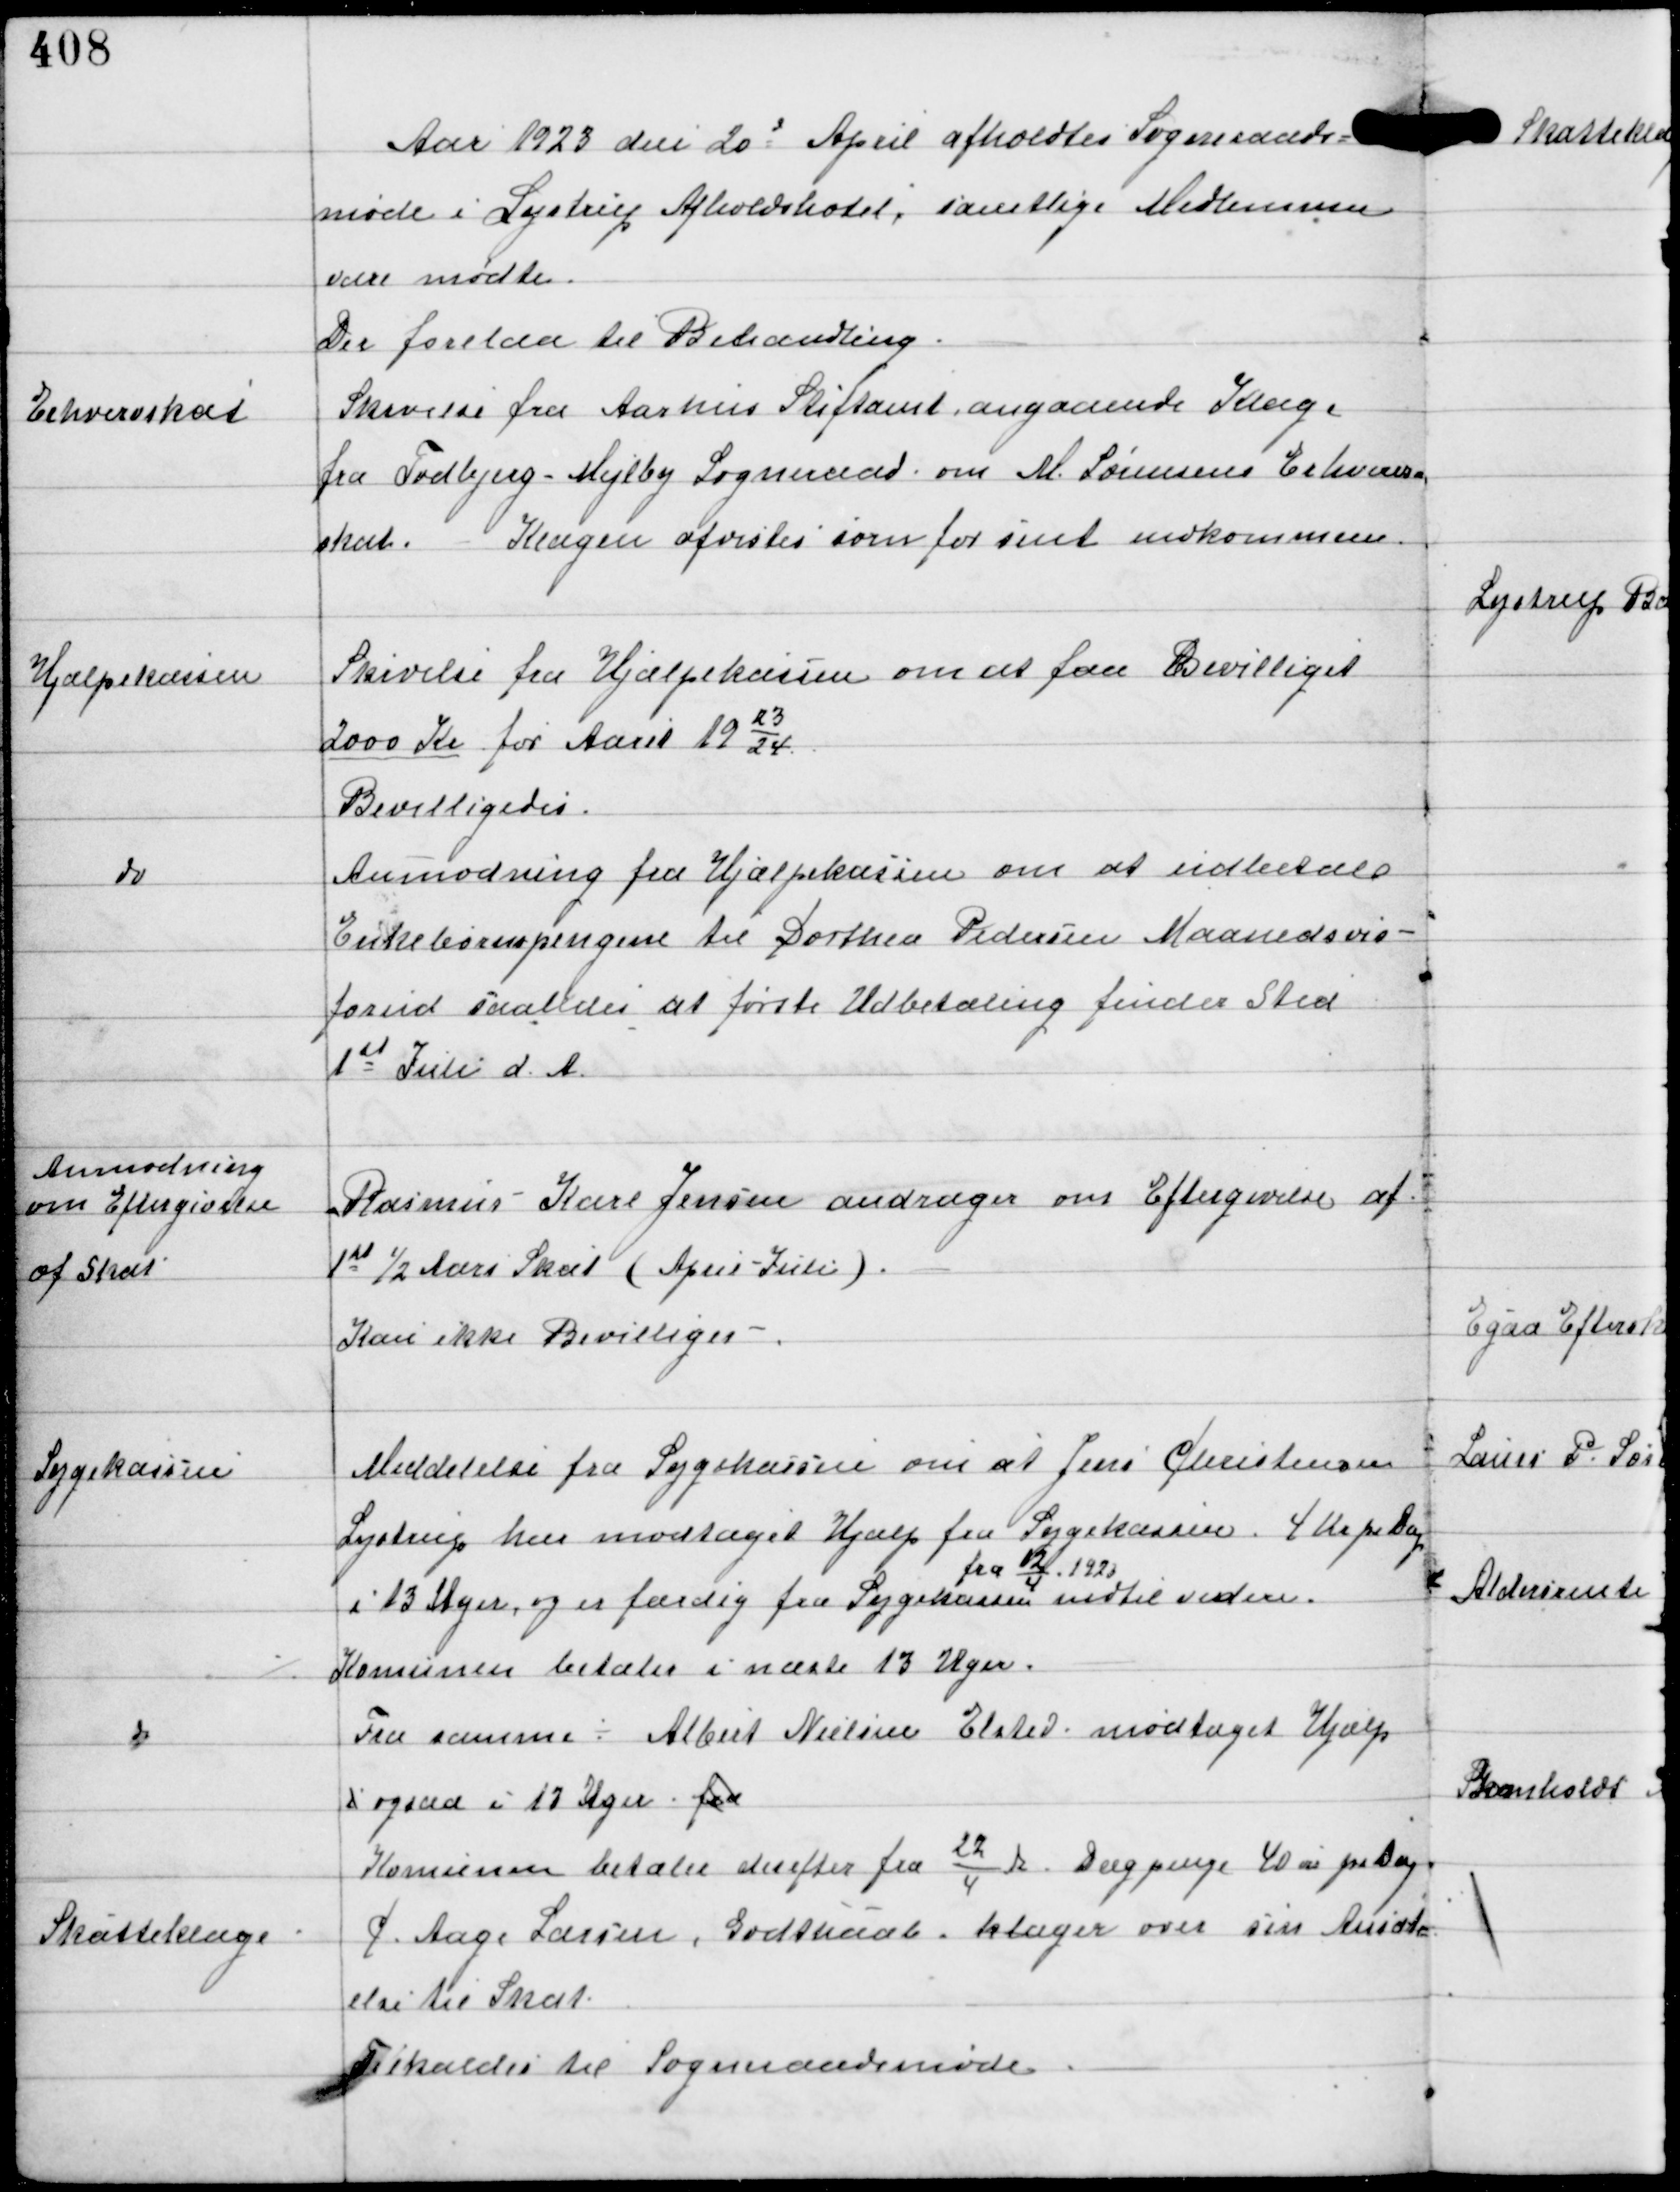
Transskription:
Aar 1923 den 20d April afholdtes Sogneraads-
møde i Lystrup Afholdshotel, samtlige Medlemmer
vare mødte.
Der forelaa til Behandling

Erhvervskat

Skrivelse fra Aarhus Stiftamt angaaende Klage
fra Todbjerg-Mejlby Sogneraad om M. Sørensens Erhvervs-
skat. Klages afvistes som for sent indkommen.

Hjælpekassen

Skrivelse fra Hjælpekassen om at faa Bevilliget
2000 Kr for Aaret 19
23
24
Bevilligedes.

do

Anmodning fra Hjælpekassen om at udbetale
Enkebørnspengene til Dorthea Pedersen Maanedsvis
forud saaledes at første Udbetaling finder Sted
1st Juli d.A.

Anmodning
om Eftergivelse
af Skat

Rasmus Karl Jensen andrager om Eftergivelse af
1st ½ Aars Skat (April-Juli)
Kan ikke Bevilges. -

Sygekassen

Meddelse fra Sygekassen om at Jens Christensen
Lystrup har modtaget Hjælp fra Sygekassen. 4 Kr pr Dag
i 13 Uger, og er færdig fra Sygekassen
fra
12
4
1923
indtil videre.
⁒ Komunen betaler i næste 13 Uger.
Fra samme ÷ Albert Nielsen Elsted modtaget Hjælp
i ogsaa i 13 Uger for

Komunen betaler derefter fra
22
4 ds
Dagpenge 40 øre pr Dag

Skatteklage

C Aage Larsen, Godthaab klager over sin Ansætt-
else til Skat
Tilkaldes til Sogneraadsmøde.